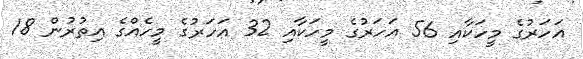
އަހަރުގެ މީހަކާއި 56 އަހަރުގެ މީހަކާއި 32 އަހަރުގެ މީހެއްގެ އިތުރުން 18